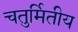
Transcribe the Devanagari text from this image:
चतुर्मितीय